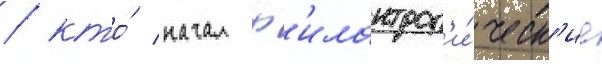
/ кто́ начал ф'илантроп'и́ческ'ие